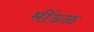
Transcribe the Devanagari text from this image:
मींढळ